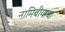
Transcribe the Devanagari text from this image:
नामिबीयाचा